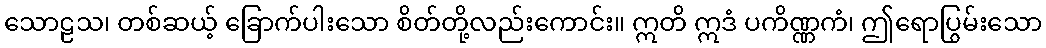
သောဠသ၊ တစ်ဆယ့် ခြောက်ပါးသော စိတ်တို့လည်းကောင်း။ ဣတိ ဣဒံ ပကိဏ္ဏကံ၊ ဤရောပြွမ်းသော